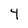
Character: 4